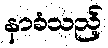
နာခံသည့်